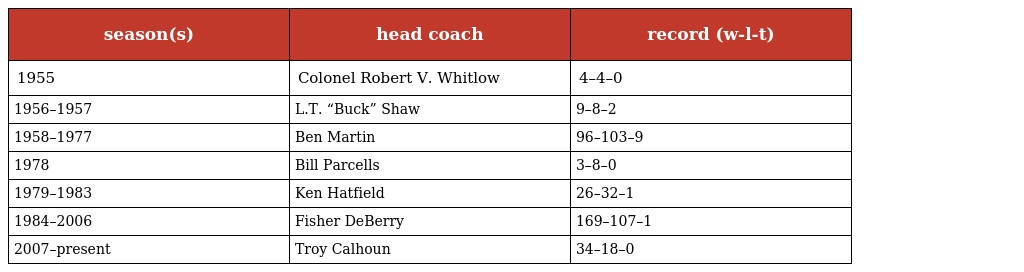
| season(s) | head coach | record (w-l-t) |
 | --- | --- | --- |
 | 1955 | Colonel Robert V. Whitlow | 4–4–0 |
 | 1956–1957 | L.T. “Buck” Shaw | 9–8–2 |
 | 1958–1977 | Ben Martin | 96–103–9 |
 | 1978 | Bill Parcells | 3–8–0 |
 | 1979–1983 | Ken Hatfield | 26–32–1 |
 | 1984–2006 | Fisher DeBerry | 169–107–1 |
 | 2007–present | Troy Calhoun | 34–18–0 |